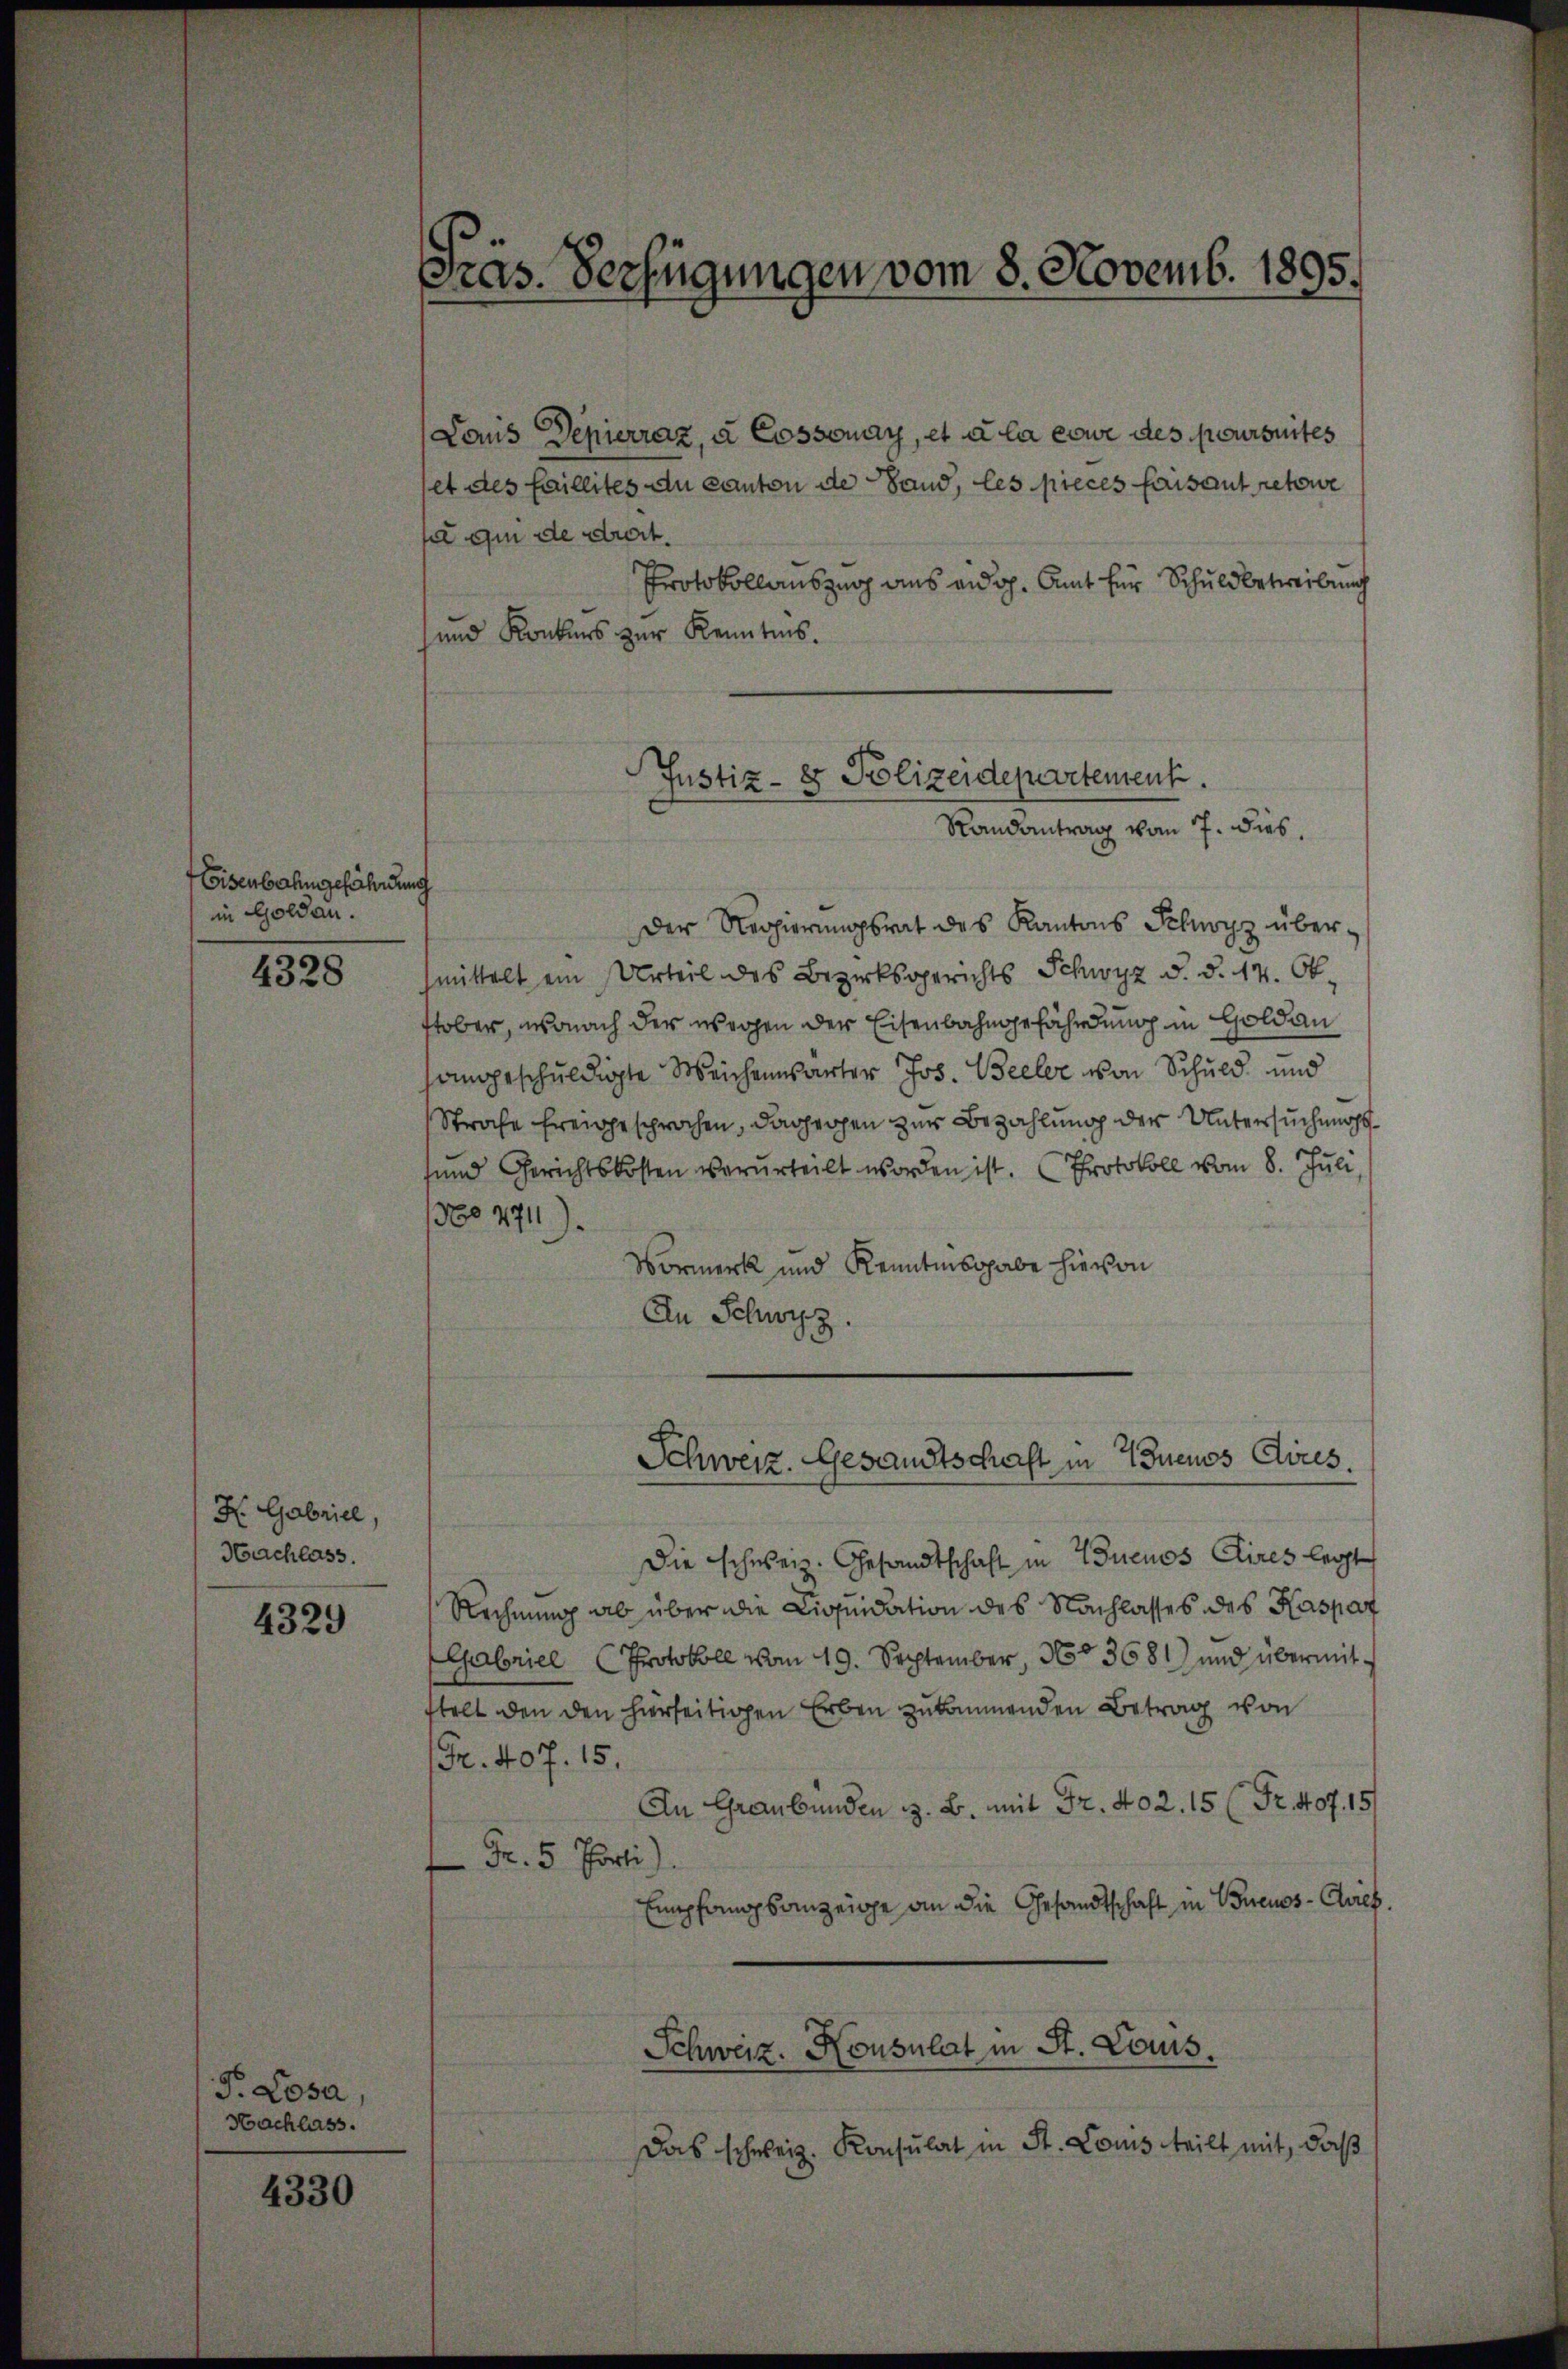
Eisenbahngefährdung
in Goldau.

4328

X Gabriel,
Hachlass.

4329

P. Losa,
Nachlass.

4330

Präs. Verfügungen vom 8. Novemb. 1895.

Laus Depierraz, à Cossonay, et à la come des poursuites
et des faillites du canton de Sand, les pieces faisant retowe
a qui de droit.
Protokollauszug aus eidg. Amt für Schuldbetreibung
und Konkurs zur Kenntnis.
Der Regierungsrat des Kantons Schwyz übermittelt ein Urteil des Bezirksgerichts Schwyz d. d. 14. Ok-
stober, wonach der wegen der Eisenbahngefährdung in Goldau
angeschuldigte Weichenwarter Jos. Beeler von Schuld und
Strafe freigesprochen, dagegen zur Bezahlung der Untersuchungssund Gerichtskosten verurteilt worden ist. Protokoll vom 8. Juli,
No 4711)
Vormerk und Kenntnisgabe hievon
An Schwyz.
Schweiz. Gesandtschaft in Buenos Aires.
Die Schweiz. Gesandtschaft in Buenos Aires legt
Rechnung ab über die Liquidation des Nachlasses des Kaspar
Gabriel Protokoll vom 19. September, No 3681) und übermittelt den den hierseitigen Erben zukommenden Betrag von
Fr. 407. 15.
An Graubünden z. B. mit Fr. 402. 15 (Fr. 407. 15
Fr. 5 Porti
Empfangsanzeige an die Gesandtschaft in Buenos-Ayres
Schweiz. Konsulat in St. Louis.
Das schweiz. Konsulat in St. Louis teilt mit, daß

Justiz- & Polizeidepartement.
Randantrag vom 7. dies